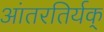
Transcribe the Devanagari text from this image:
आंतरतिर्यक्‌